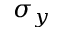
\sigma _ { y }